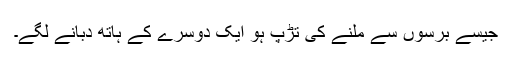
جیسے برسوں سے ملنے کی تڑپ ہو ایک دوسرے کے ہاتھ دبانے لگے۔